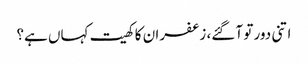
اتنی دور تو آ گئے، زعفران کا کھیت کہاں ہے؟